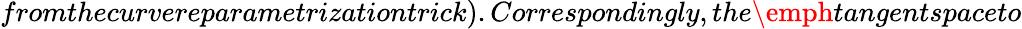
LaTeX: fromthecurvereparametrizationtrick).Correspondingly,the\emph{tangentspace}to